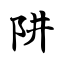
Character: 阱